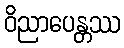
ဝိညာပေန္တဿ